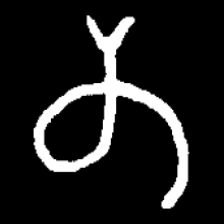
Pyu character \u2014 Myanmar letter: တ (romanized: ta)